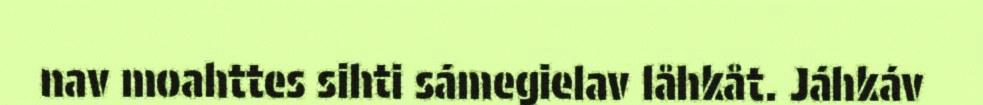
nav moahttes sihti sámegielav låhkåt. Jáhkáv